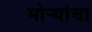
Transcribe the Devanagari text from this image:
मोर्‍यांचा